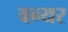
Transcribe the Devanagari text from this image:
वन्यर